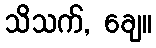
သိသက်, ချေ။